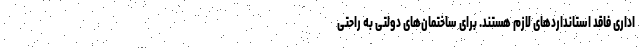
اداری فاقد استانداردهای لازم هستند. برای ساختمان‌های دولتی به راحتی